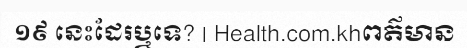
១៩ នេះដែរឬទេ? | Health.com.khពត៌មាន